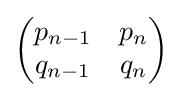
{\begin{pmatrix}p_{n-1}&p_{n}\\q_{n-1}&q_{n}\end{pmatrix}}